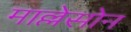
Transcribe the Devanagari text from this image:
माल्लेसोन